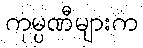
ကုမ္ပဏီများက